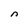
Character: n